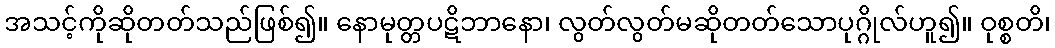
အသင့်ကိုဆိုတတ်သည်ဖြစ်၍။ နောမုတ္တပဋိဘာနော၊ လွတ်လွတ်မဆိုတတ်သောပုဂ္ဂိုလ်ဟူ၍။ ဝုစ္စတိ၊